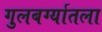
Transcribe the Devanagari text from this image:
गुलबर्ग्यातला